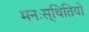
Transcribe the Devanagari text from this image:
मनःस्थितियों